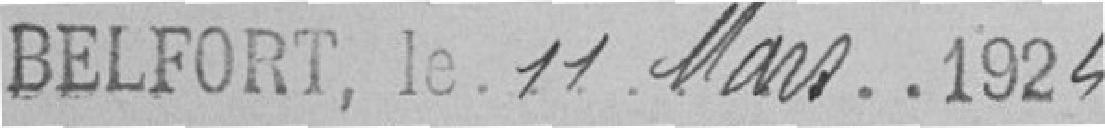
Belfort, le 11 Mars . . 1924